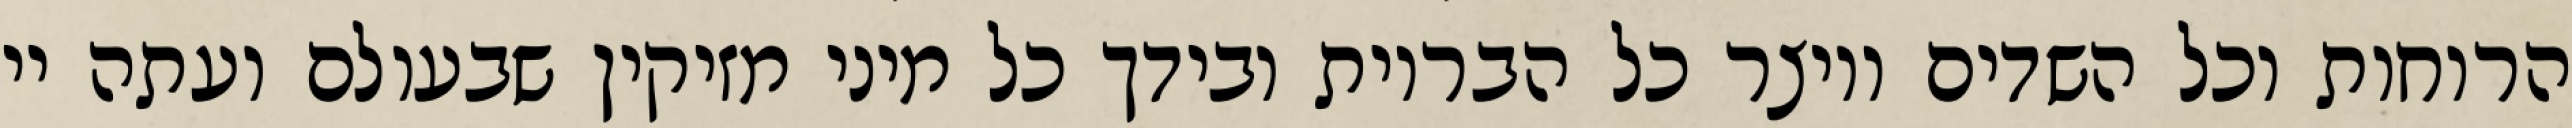
הרוחות וכל השדים ויוצר כל הבריות ובידך כל מיני מזיקין שבעולם ועתה יי